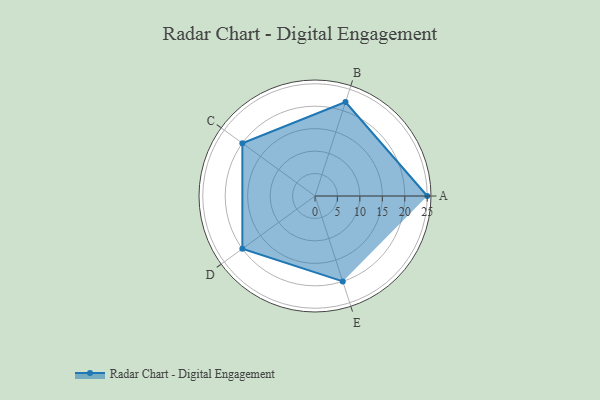
{"axis": {"x": "Skill", "y": "Score"}, "legend": ["Profile"], "data": [{"x": "A", "y": 25.0, "type": "Profile"}, {"x": "B", "y": 22.0, "type": "Profile"}, {"x": "C", "y": 20, "type": "Profile"}, {"x": "D", "y": 20, "type": "Profile"}, {"x": "E", "y": 20, "type": "Profile"}]}